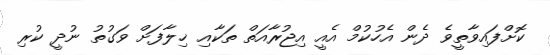
ކޮށްފައިވާތީވެ ދެން އެހުކުމް އެއީ އިޖުރާއަތް ތަކާއި ޚިލާފަށް ވަގުތު ނުދީ ކުރި